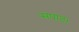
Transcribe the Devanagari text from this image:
सपाट।